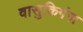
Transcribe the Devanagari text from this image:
वासुकिगंगा